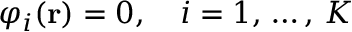
\displaystyle \varphi _ { i } ( \mathbf { r } ) = 0 , \quad i = 1 , \, \ldots , \, K